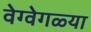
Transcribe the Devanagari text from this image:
वेग्वेगळ्या